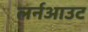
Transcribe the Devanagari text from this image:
लर्नआउट